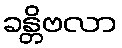
ခန္တိဗလာ